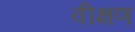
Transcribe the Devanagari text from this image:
वीक्षण